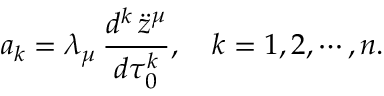
a _ { k } = \lambda _ { \mu } \, { \frac { d ^ { k } \, \ddot { z } ^ { \mu } } { d \tau _ { 0 } ^ { k } } } , ~ ~ ~ k = 1 , 2 , \cdots , n .